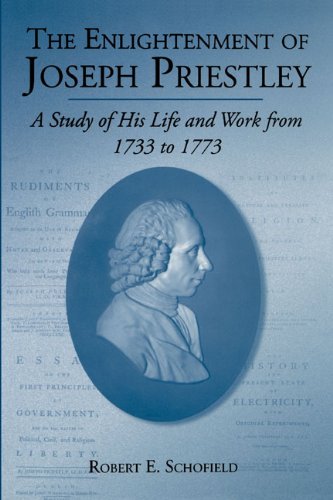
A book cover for The Enlightenment of Joseph Priestley: A Study of His Life and Work from 1733 to 1773; Robert E. Schofield; Religion & Spirituality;